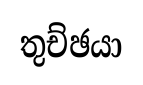
තුච්ඡයා